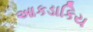
આકડાકિય